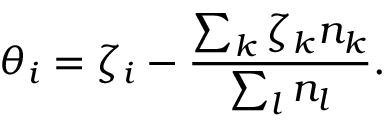
\theta _ { i } = \zeta _ { i } - \frac { \sum _ { k } \zeta _ { k } n _ { k } } { \sum _ { l } n _ { l } } .